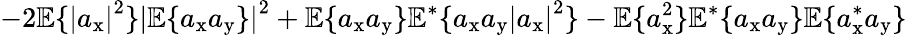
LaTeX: -2\mathbb{E}\{ \left|a_{\mathrm{x}}\right|^{2}\} \left|\mathbb{E}\{ a_{\mathrm{x}}a_{\mathrm{y}}\} \right|^{2}+\mathbb{E}\{ a_{\mathrm{x}}a_{\mathrm{y}}\} \mathbb{E}^{*}\{ a_{\mathrm{x}}a_{\mathrm{y}}\left|a_{\mathrm{x}}\right|^{2}\} -\mathbb{E}\{ a_{\mathrm{x}}^{2}\} \mathbb{E}^{*}\{ a_{\mathrm{x}}a_{\mathrm{y}}\} \mathbb{E}\{ a_{\mathrm{x}}^{*}a_{\mathrm{y}}\}